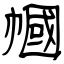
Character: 幗